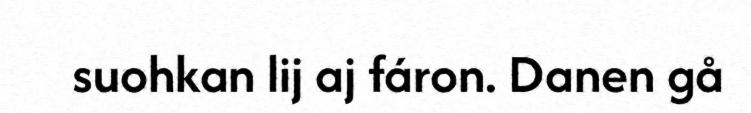
suohkan lij aj fáron. Danen gå